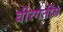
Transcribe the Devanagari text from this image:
वीरगतीस